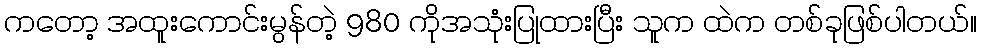
ကတော့ အထူးကောင်းမွန်တဲ့ 980 ကိုအသုံးပြုထားပြီး သူက ထဲက တစ်ခုဖြစ်ပါတယ်။